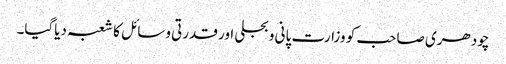
چودھری صاحب کو وزارت پانی و بجلی اور قدرتی وسائل کا شعبہ دیاگیا۔